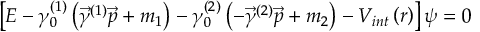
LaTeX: i \frac { d \varphi ^ { a } } { d s } = \left( \frac { m ^ { 2 } } { 2 E } + V _ { \mu } \, v ^ { \mu } \right) _ { a b } \varphi ^ { b } \; ,